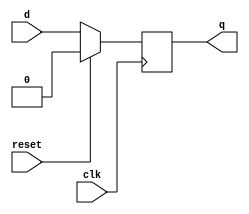
module flip_flop (
    output reg q,
    
    input d,
    input clk,
    input reset    
);

always @(posedge clk) begin
    if (reset) q <= 1'b0;
    else q <= d;
end


endmodule